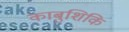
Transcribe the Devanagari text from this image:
काबुशिकि